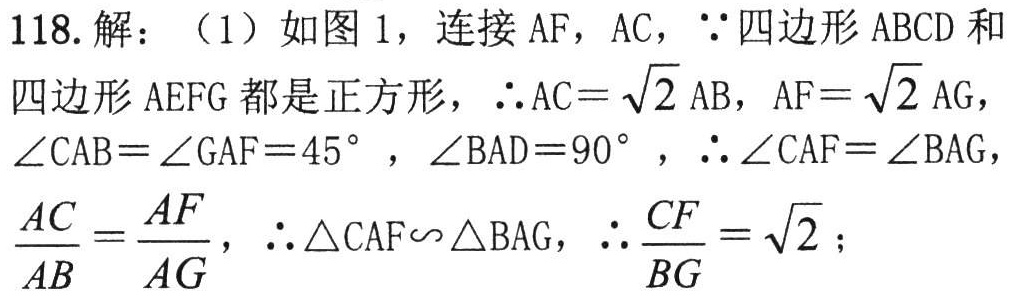
118. 解：（1）如图 1，连接 \(AF\)，\(AC\)，\(\because\) 四边形 \(ABCD\) 和四边形 \(AEFG\) 都是正方形，\(\therefore AC = \sqrt{2}AB\)，\(AF = \sqrt{2}AG\)，\(\angle CAB=\angle GAF = 45^{\circ}\)，\(\angle BAD = 90^{\circ}\)，\(\therefore\angle CAF=\angle BAG\)，\(\frac{AC}{AB}=\frac{AF}{AG}\)，\(\therefore\triangle CAF\sim\triangle BAG\)，\(\therefore\frac{CF}{BG}=\sqrt{2}\)；